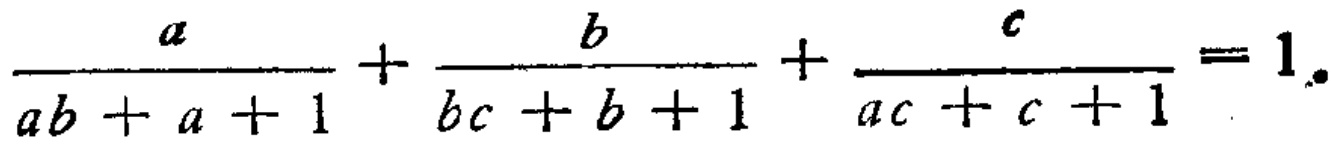
\frac{a}{ab + a + 1} + \frac{b}{bc + b + 1} + \frac{c}{ac + c + 1} = 1.